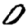
Digit: 0